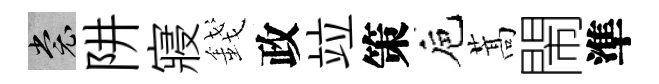
裳阱寢錢政竝策巵蒿閙準